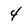
Character: 4